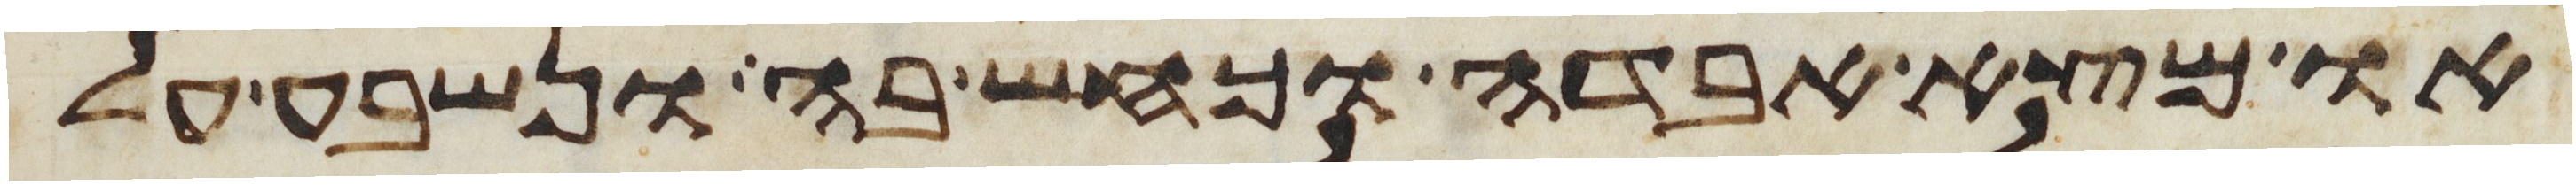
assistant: או מצא אבדה וכחש בה ונשבע על